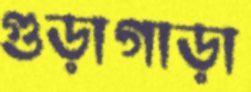
গুড়াগাড়া